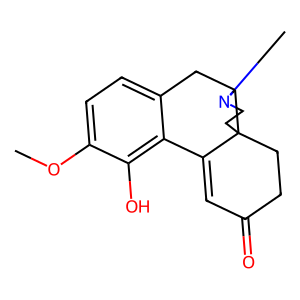
SMILES: COc1ccc2c(c1O)C1=CC(=O)CCC13CCN(C)C3C2
Inhibits HIV replication: No